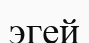
эгей